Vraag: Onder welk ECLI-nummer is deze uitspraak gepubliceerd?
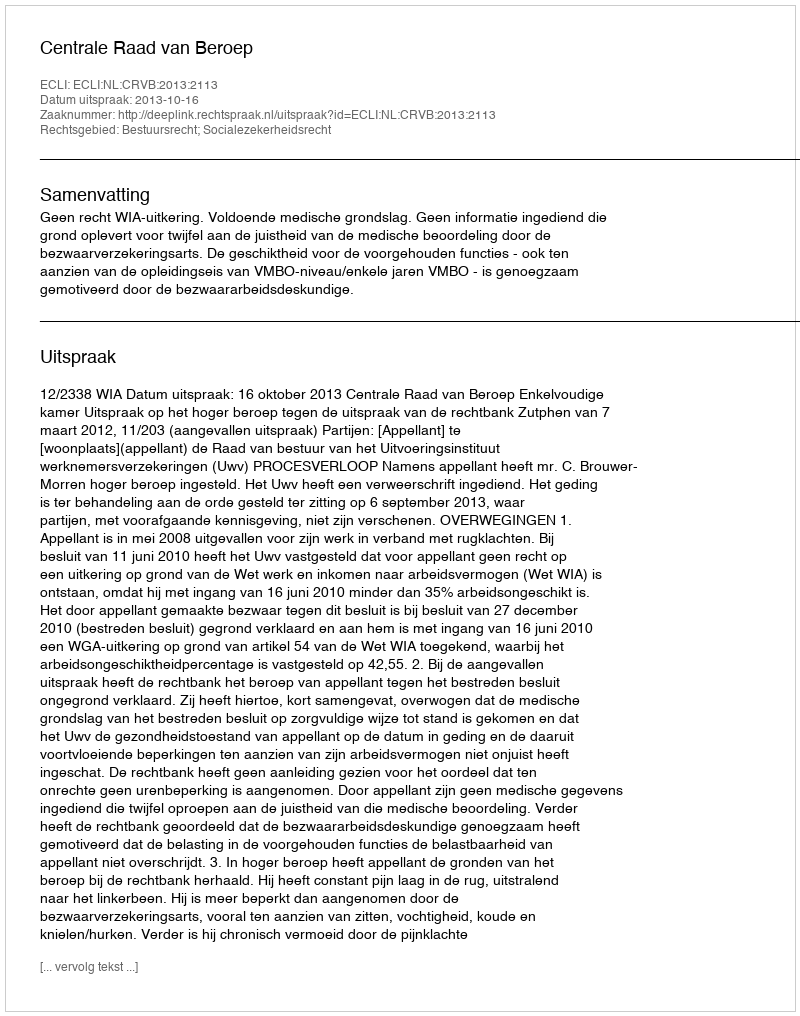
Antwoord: ECLI:NL:CRVB:2013:2113